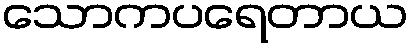
သောကပရေတာယ